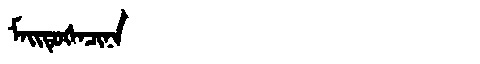
Manchu: ᠮᠠᡳᡨᡠᡧᠠᠴᡳᠨᠠ
Romanization: MAITUŠACINA